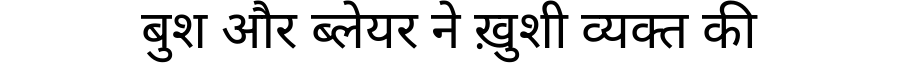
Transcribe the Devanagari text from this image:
बुश और ब्लेयर ने ख़ुशी व्यक्त की